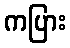
ကပြား